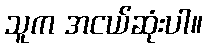
သူက အငယ်ဆုံးပါ။